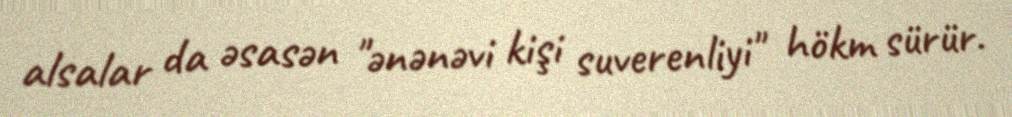
alsalar da əsasən "ənənəvi kişi suverenliyi" hökm sürür.